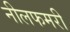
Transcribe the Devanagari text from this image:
नीलफमरी